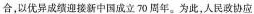
合，以优异成绩迎接新中国成立70周年。为此，人民政协应